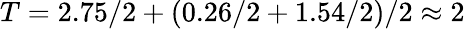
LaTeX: T=2.75/2+(0.26/2+1.54/2)/2\approx 2